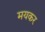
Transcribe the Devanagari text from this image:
मयकर